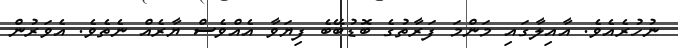
ނުހުރެއެވެ. އާއިލާގައި މަންމަ ފަރާތުގެ ބޮޑުބޭބެ ފިޔަވާ އެއްވެސް ޔާރެއް ނެތެވެ. އެވަރުން